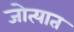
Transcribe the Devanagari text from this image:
जोत्यात